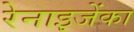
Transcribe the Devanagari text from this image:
रेनाइजेंका